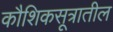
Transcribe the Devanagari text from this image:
कौशिकसूत्रातील